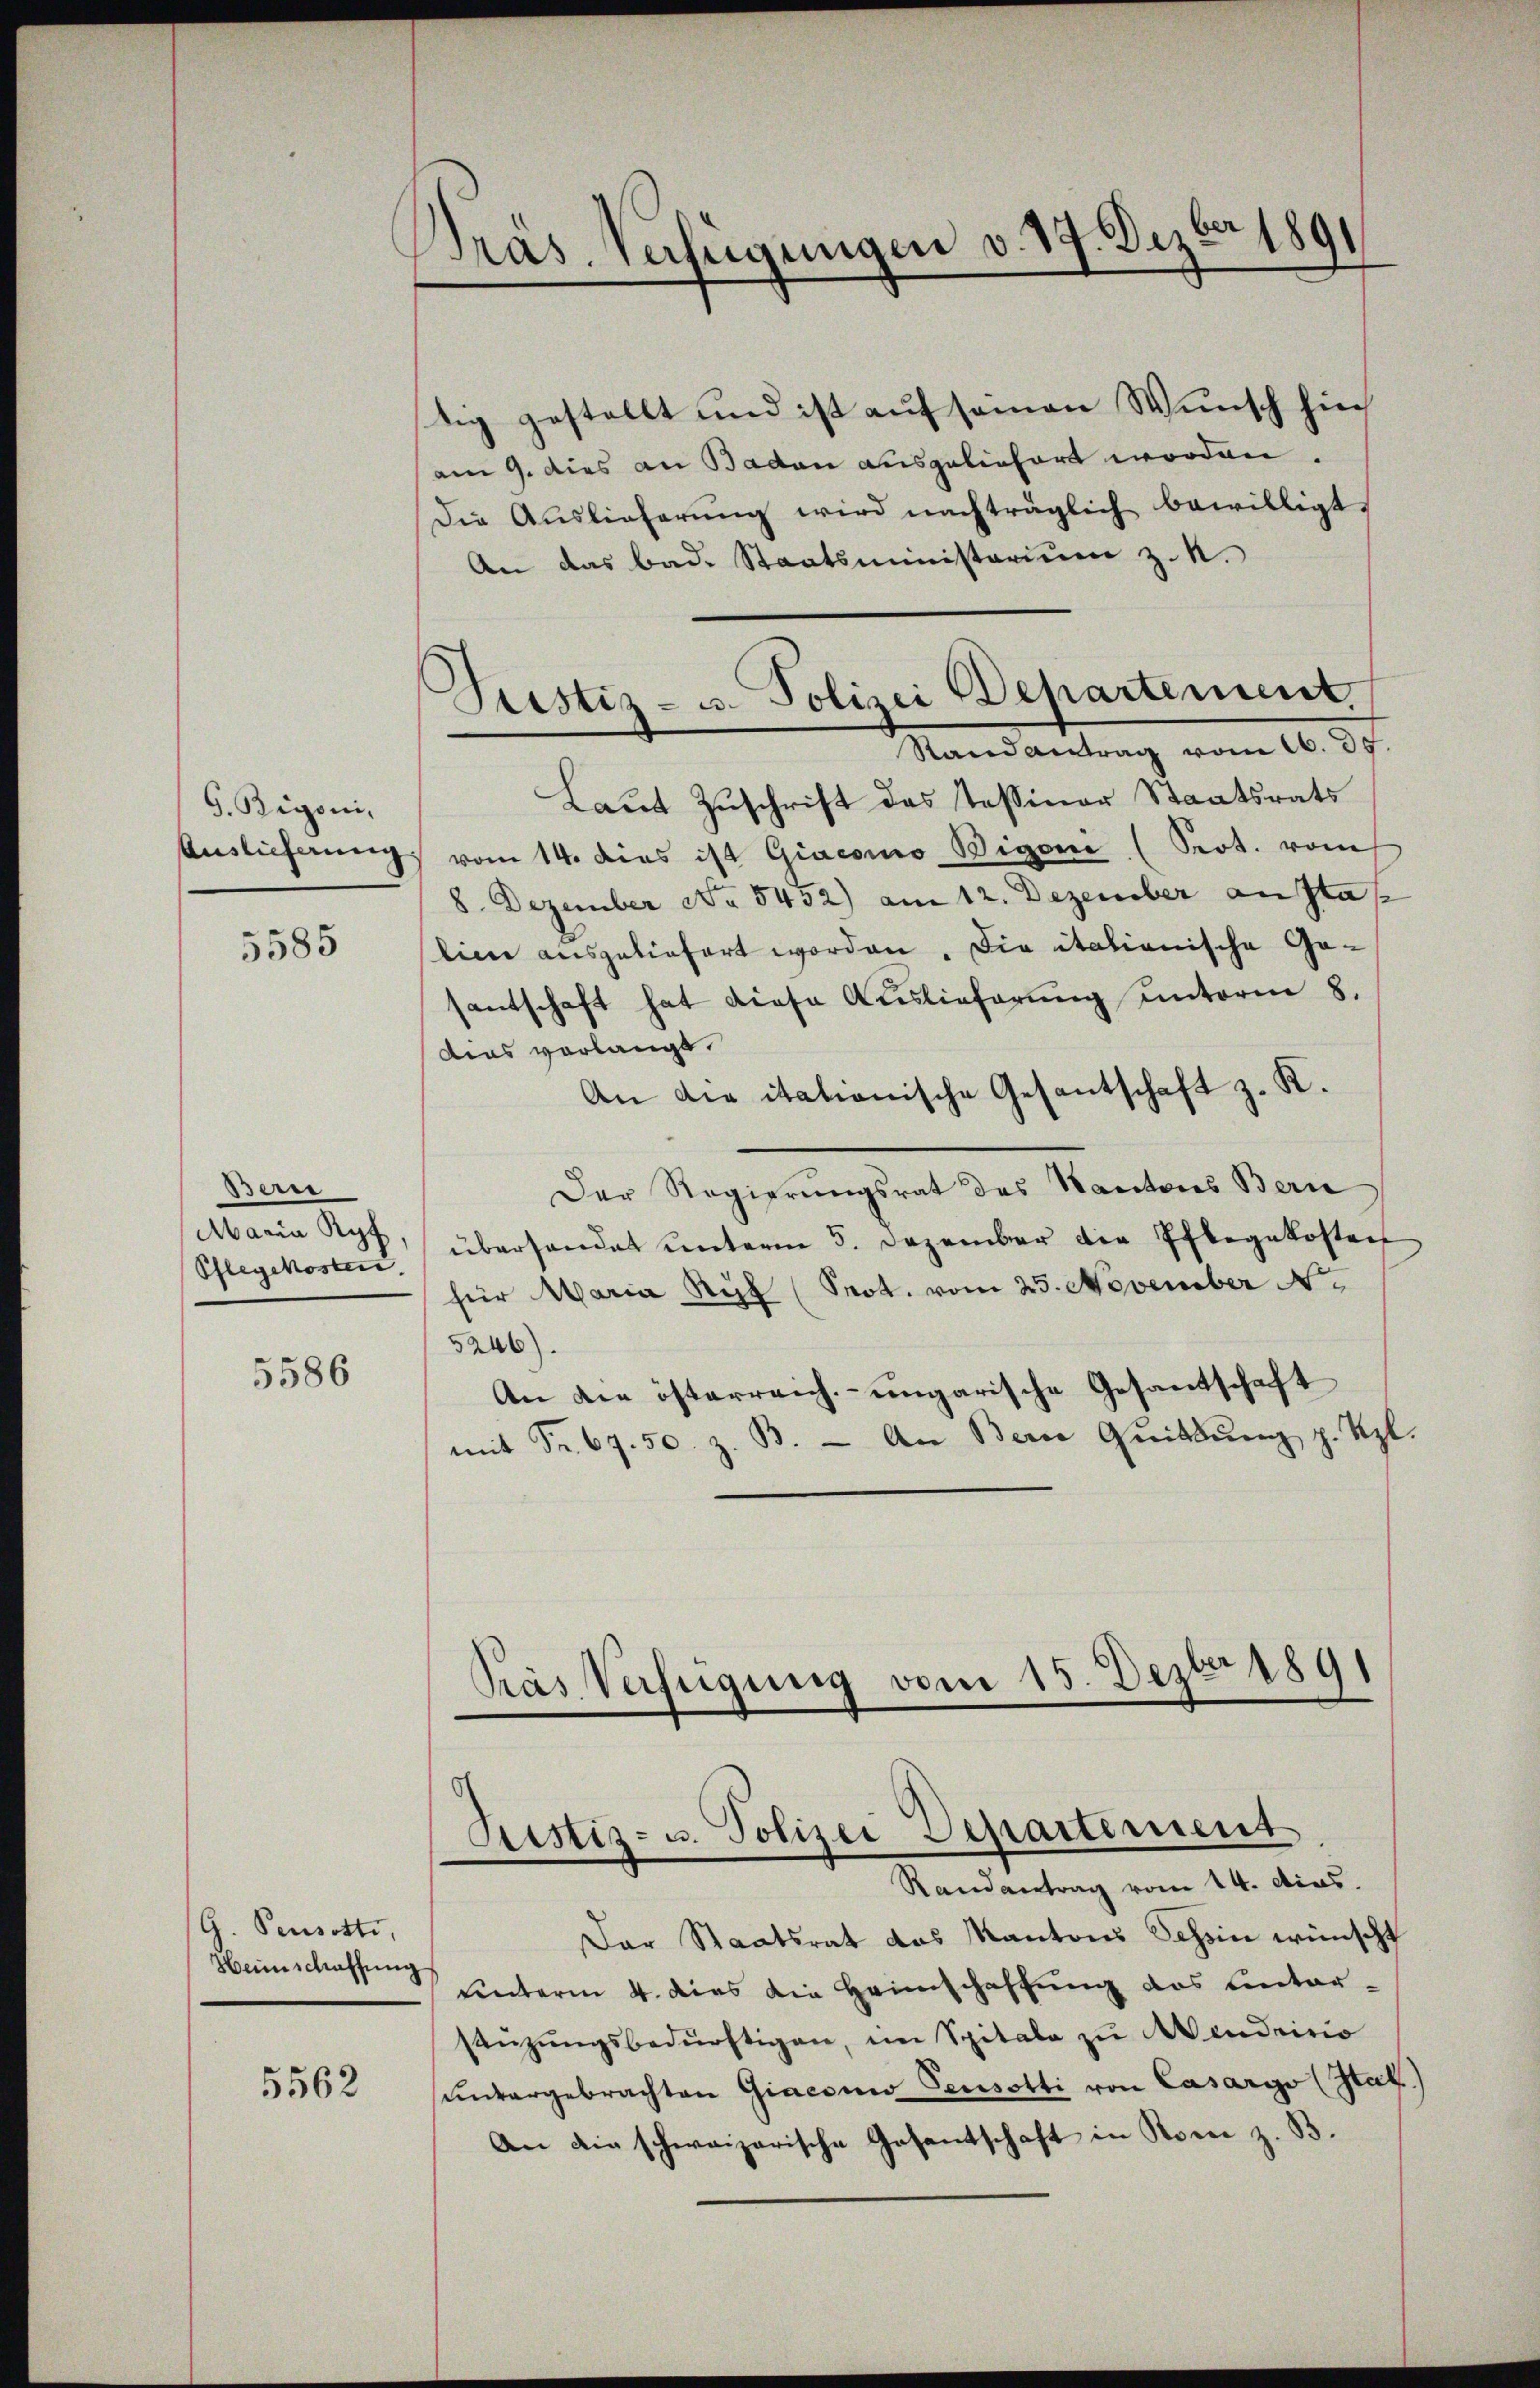
G. Rigoni,

5585

Bern
Maria Ryf
Pflegekosten.

5586

G. Peusotti,
Heimschaffung

5562

Präs. Verfügungen v. 19. Dezbr 1891

Justiz- u. Polizei Departement.
Randantrag vom 16. 35.

tig gestellt und ist auf seinen Wunsch hin
am 9. dies an Baden ausgeliefert worden.
Die Auslieferŭng wird nachträglich bewilligt.
An das bad. Staatsministerium z. R.
Laut Zuschrift des Tessiner Staatsrats
Auslieferung vom 14. dies ist Giacomo Bigone (Seot. vom
8. Dezember No. 5432) am 12. Dezember ansta
eine ausgeliefert worden, die italianische Ge-
santschaft hat diese Auslieferung unterm 8.
dies verlangt.
An die itationische Gesantschaft z. K.
Der Regierungsrat des Kantons Bern
überhandet unterm 5. Dezember die Pflegekosten
für Maria Ruf (Prot. vom 25. November N.
5246)
An die österreich- ungarische Gesandschaft
mit Fr. 67. 50. z. B. - An Bern Quittŭng p. Uzl.

Pras Verfügung vom 15. Dezbr 1891
Sistis- u. Polizei Departement
Randantrag vom 14. dias.

Der Staatsrat das Kantons Schein wünscht
unterm 4. dies die Heimschaffung des Eintersänzŭngsbedürftigen, ein Spitale zu Abendrisio
unvergebrachten Giaconer Teusotti von Casargo (Stat.)
An die schweizerische Gesantschaft in Sonne z. B.